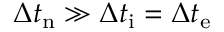
\Delta t _ { \mathrm { n } } \gg \Delta t _ { \mathrm { i } } = \Delta t _ { \mathrm { e } }